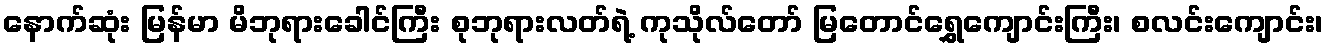
နောက်ဆုံး မြန်မာ မိဘုရားခေါင်ကြီး စုဘုရားလတ်ရဲ့ ကုသိုလ်တော် မြတောင်ရွှေကျောင်းကြီး၊ စလင်းကျောင်း၊